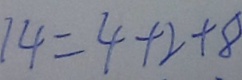
1 4 = 4 + 2 + 8